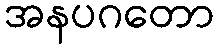
အနပဂတော